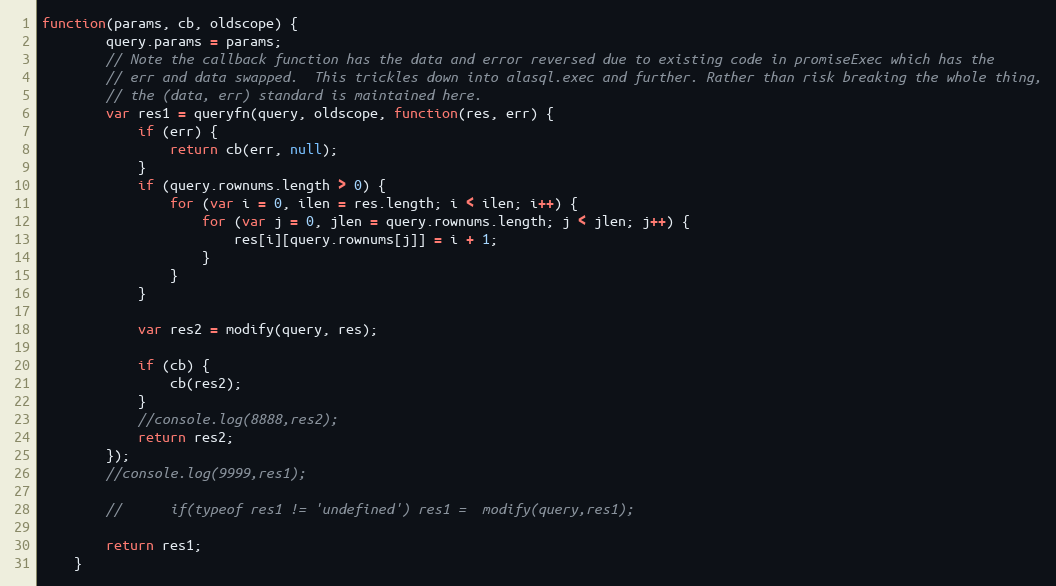
Language: JavaScript
function(params, cb, oldscope) {
		query.params = params;
		// Note the callback function has the data and error reversed due to existing code in promiseExec which has the
		// err and data swapped.  This trickles down into alasql.exec and further. Rather than risk breaking the whole thing,
		// the (data, err) standard is maintained here.
		var res1 = queryfn(query, oldscope, function(res, err) {
			if (err) {
				return cb(err, null);
			}
			if (query.rownums.length > 0) {
				for (var i = 0, ilen = res.length; i < ilen; i++) {
					for (var j = 0, jlen = query.rownums.length; j < jlen; j++) {
						res[i][query.rownums[j]] = i + 1;
					}
				}
			}

			var res2 = modify(query, res);

			if (cb) {
				cb(res2);
			}
			//console.log(8888,res2);
			return res2;
		});
		//console.log(9999,res1);

		//		if(typeof res1 != 'undefined') res1 =  modify(query,res1);

		return res1;
	}